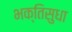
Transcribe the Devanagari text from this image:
भक्तिसुधा